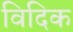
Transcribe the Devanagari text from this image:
विदिक